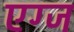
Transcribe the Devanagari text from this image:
एग्ज